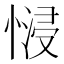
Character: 𢟖